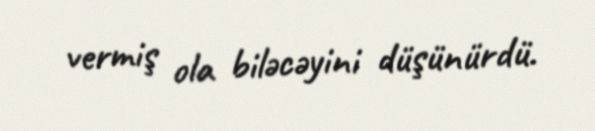
vermiş ola biləcəyini düşünürdü.